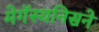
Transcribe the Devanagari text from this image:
मेगॅस्थनिसने